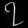
Digit: ၇